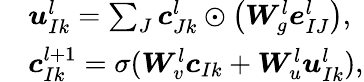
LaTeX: \begin{array}{rl}&{{\boldsymbol{u}}_{Ik}^{l}=\sum_{J}{\boldsymbol{c}}_{Jk}^{l}\odot\left({\boldsymbol{W}}_{g}^{l}{\boldsymbol{e}}_{IJ}^{l}\right),}\\ &{{\boldsymbol{c}}_{Ik}^{l+1}=\sigma({\boldsymbol{W}}_{v}^{l}{\boldsymbol{c}}_{Ik}+{\boldsymbol{W}}_{u}^{l}{\boldsymbol{u}}_{Ik}^{l}),}\end{array}